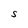
Character: S